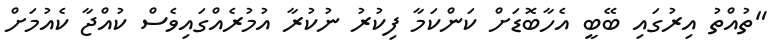
"ތުއްތު އިރުގައި ބޭބީ އެހާބޮޑަށް ކަންކަމާ ފިކުރު ނުކުރާ އުމުރެއްގައިވެސް ކުއްޖާ ކެއުމަށް